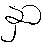
နှာ